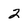
Character: 2